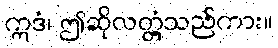
ဣဒံ၊ ဤဆိုလတ္တံ့သည်ကား။